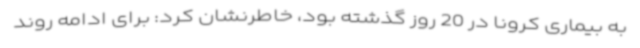
به بیماری کرونا در 20 روز گذشته بود، خاطرنشان کرد: برای ادامه روند